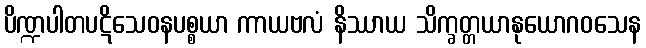
ပိဏ္ဍပါတပဋိသေဝနပစ္စယာ ကာယဗလံ နိဿာယ သိက္ခတ္တယာနုယောဂဝသေန